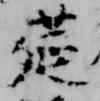
莚